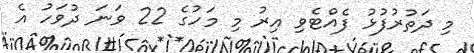
މި ދަތުރުފުޅު ފެއްޓެވި އިރު މި މަހުގެ 22 ވަނަ ދުވަހު އެ